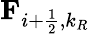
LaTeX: \textbf{F}_{i+\frac{1}{2},k_{R}}